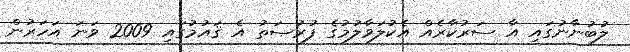
ލުބުނާނުގައި އާ ސަރުކާރެއް އެކުލަވާލުމުގެ ފުރުޞަތު އެ ޤައުމުގައި 2009 ވަނަ އަހަރުން